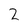
Character: 2